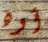
أوه